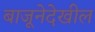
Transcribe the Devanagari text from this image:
बाजूनेदेखील